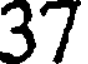
37